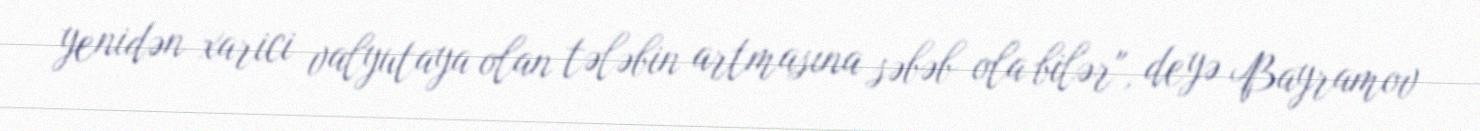
yenidən xarici valyutaya olan tələbin artmasına səbəb ola bilər", deyə Bayramov